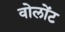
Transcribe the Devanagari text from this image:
वोलोंट